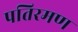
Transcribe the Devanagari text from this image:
पतिरमण